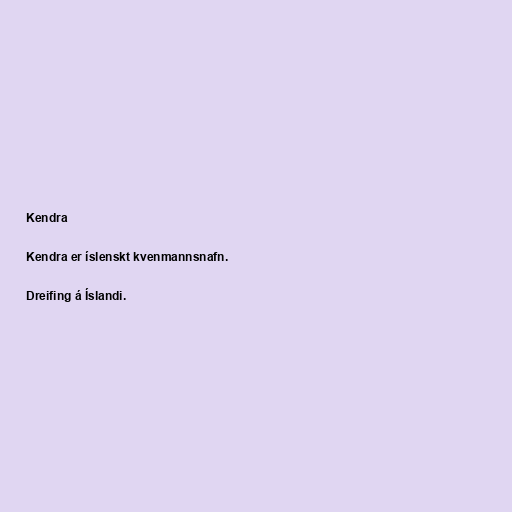
Kendra

Kendra er íslenskt kvenmannsnafn.

Dreifing á Íslandi.